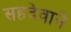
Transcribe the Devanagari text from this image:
सहदेवाने